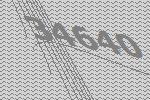
34640